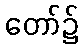
တော်၌